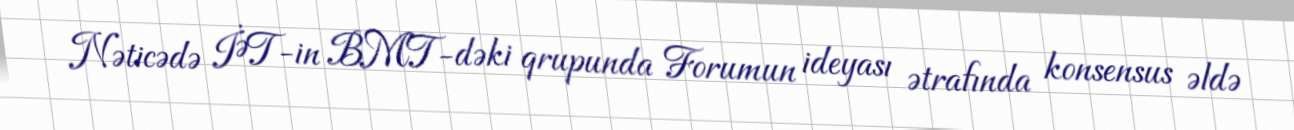
Nəticədə İƏT-in BMT-dəki qrupunda Forumun ideyası ətrafında konsensus əldə